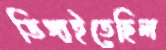
ডিঙ্গাইতেছিল